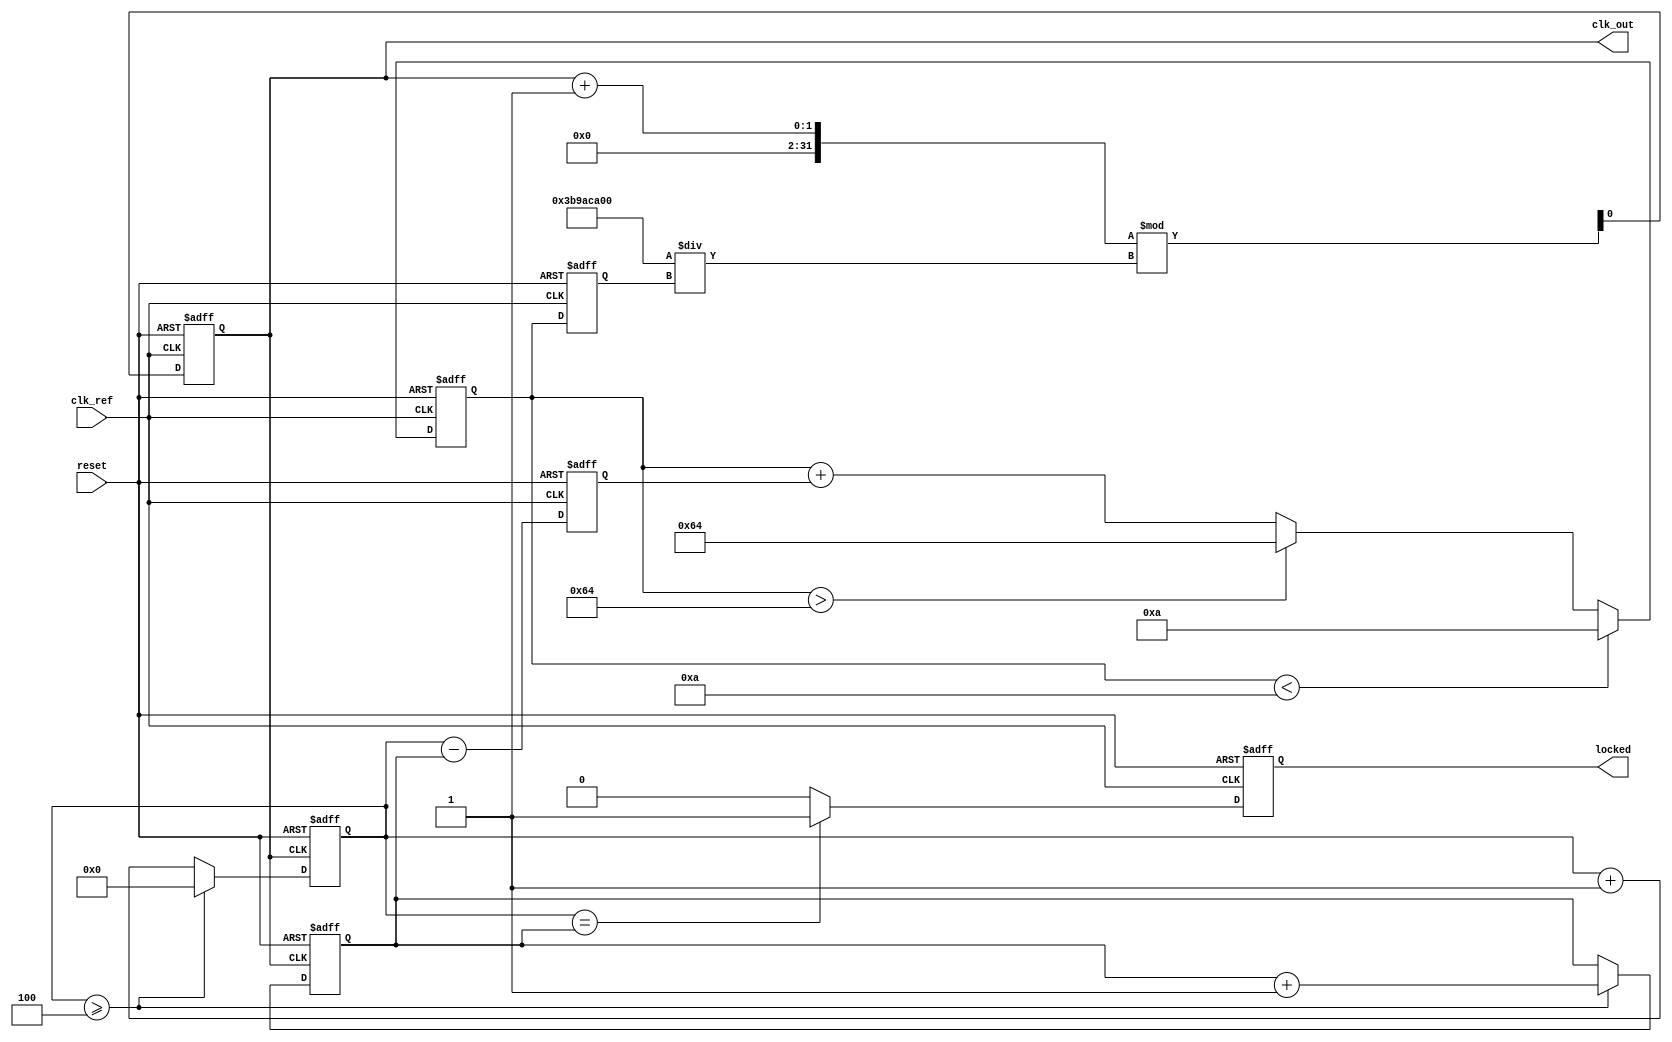
module fractional_PLL (
    input wire clk_ref,           // Reference clock input
    input wire reset,             // Reset signal
    output reg clk_out,           // Output clock
    output reg locked             // Lock status
);

    // Parameters
    parameter N = 4;              // Integer division factor
    parameter M = 3;              // Fractional division factor
    parameter VCO_MAX_FREQ = 100; // Maximum VCO frequency
    parameter VCO_MIN_FREQ = 10;  // Minimum VCO frequency

    // Internal signals
    reg [31:0] phase_error;       // Phase error signal
    reg [31:0] control_voltage;    // Control voltage for VCO
    reg [31:0] vco_freq;           // VCO frequency
    reg [31:0] feedback_count;     // Feedback counter
    reg [31:0] divider_count;      // Divider counter
    reg [31:0] memory_block;       // Memory block for division ratios

    // Phase Detector (PD)
    always @(posedge clk_ref or posedge reset) begin
        if (reset) begin
            phase_error <= 0;
        end else begin
            // Simple phase error calculation (for demonstration)
            phase_error <= feedback_count - divider_count;
        end
    end

    // Loop Filter (LF)
    always @(posedge clk_ref or posedge reset) begin
        if (reset) begin
            control_voltage <= 0;
        end else begin
            // Simple proportional control for demonstration
            control_voltage <= control_voltage + phase_error;
            // Clamp control voltage to VCO limits
            if (control_voltage > VCO_MAX_FREQ) control_voltage <= VCO_MAX_FREQ;
            if (control_voltage < VCO_MIN_FREQ) control_voltage <= VCO_MIN_FREQ;
        end
    end

    // Voltage-Controlled Oscillator (VCO)
    always @(posedge clk_ref or posedge reset) begin
        if (reset) begin
            vco_freq <= VCO_MIN_FREQ;
            clk_out <= 0;
        end else begin
            // Update VCO frequency based on control voltage
            vco_freq <= control_voltage;
            // Generate output clock based on VCO frequency
            clk_out <= (clk_out + 1) % (1000000000 / vco_freq); // Example clock generation
        end
    end

    // Divider/Feedback Network
    always @(posedge clk_out or posedge reset) begin
        if (reset) begin
            feedback_count <= 0;
            divider_count <= 0;
        end else begin
            // Increment feedback count
            feedback_count <= feedback_count + 1;
            // Simple divider logic (for demonstration)
            if (feedback_count >= N) begin
                feedback_count <= 0;
                divider_count <= divider_count + 1;
            end
        end
    end

    // Memory Blocks (for fractional division)
    always @(posedge clk_ref or posedge reset) begin
        if (reset) begin
            memory_block <= 0;
            locked <= 0;
        end else begin
            // Example of loading memory block with division ratio
            memory_block <= M; // Load fractional division factor
            // Check if locked (simple condition for demonstration)
            if (feedback_count == divider_count) begin
                locked <= 1; // PLL is locked
            end else begin
                locked <= 0; // PLL is not locked
            end
        end
    end

endmodule